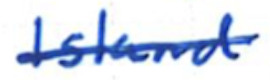
Text: Island
Cross-out: single-line
Writing tool: ballpoint